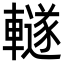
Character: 䡵